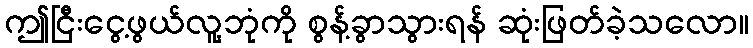
ဤငြီးငွေ့ဖွယ်လူ့ဘုံကို စွန့်ခွာသွားရန် ဆုံးဖြတ်ခဲ့သလော။